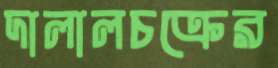
দালালচক্রের